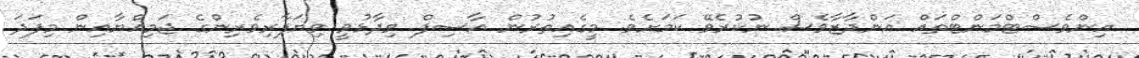
އިންވެސްޓްމަންޓްތައް އަންދާޒާވެސް ނުކުރެވޭ ކަމަށެވެ. މީގެއިތުރުން އާސިފް ވިދާޅުވީ ވިޔަފާރިވެރިންގެ ޖަމިއްޔާއިން މިފަދަ